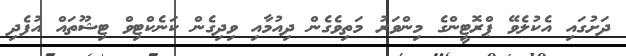
ދަށުގައި އެކުލެވޭ ޕްރޮޓީންގެ މިންވަރު މަތިވެގެން ދިއުމާއި ވިދިގެން ކަނެކްޓިވް ޓިޝޫތައް އުފެދި